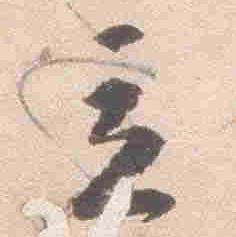
立